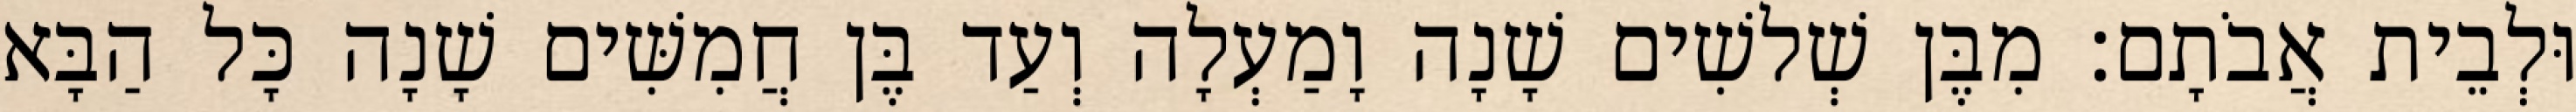
וּלְבֵית אֲבֹתָם׃ מִבֶּן שְׁלשִׁים שָׁנָה וָמַעְלָה וְעַד בֶּן חֲמִשִּׁים שָׁנָה כָּל הַבָּא